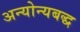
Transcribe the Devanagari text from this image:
अन्योन्यबद्ध